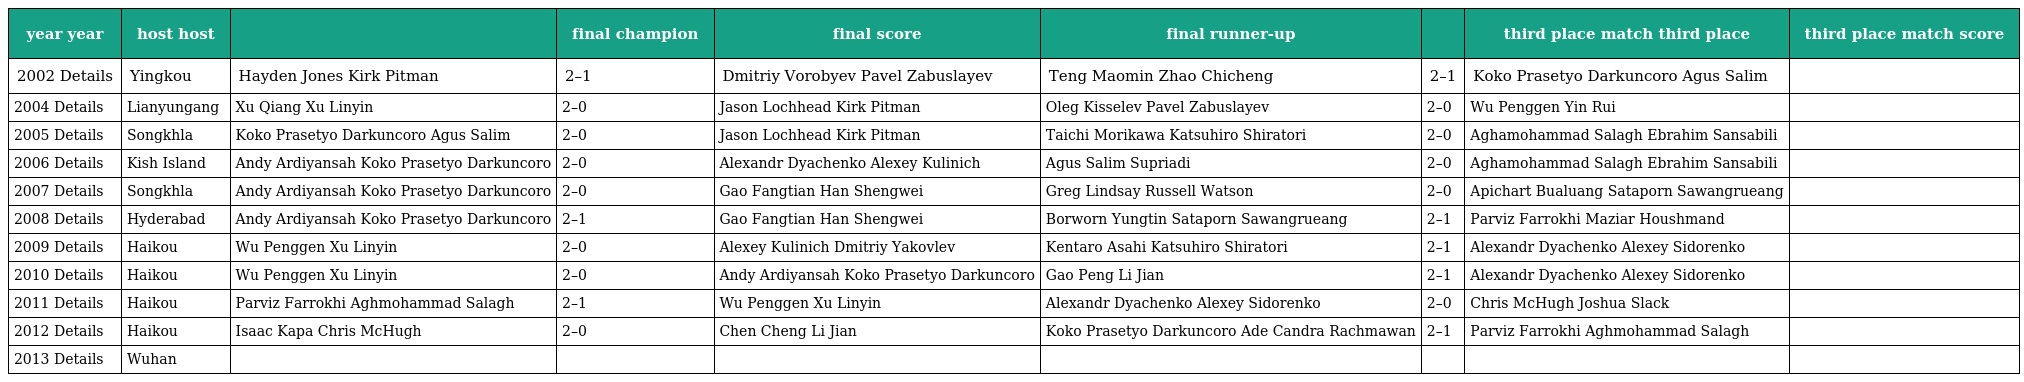
| year year | host host |  | final champion | final score | final runner-up |  | third place match third place | third place match score |
 | --- | --- | --- | --- | --- | --- | --- | --- | --- |
 | 2002 Details | Yingkou | Hayden Jones Kirk Pitman | 2–1 | Dmitriy Vorobyev Pavel Zabuslayev | Teng Maomin Zhao Chicheng | 2–1 | Koko Prasetyo Darkuncoro Agus Salim |  |
 | 2004 Details | Lianyungang | Xu Qiang Xu Linyin | 2–0 | Jason Lochhead Kirk Pitman | Oleg Kisselev Pavel Zabuslayev | 2–0 | Wu Penggen Yin Rui |  |
 | 2005 Details | Songkhla | Koko Prasetyo Darkuncoro Agus Salim | 2–0 | Jason Lochhead Kirk Pitman | Taichi Morikawa Katsuhiro Shiratori | 2–0 | Aghamohammad Salagh Ebrahim Sansabili |  |
 | 2006 Details | Kish Island | Andy Ardiyansah Koko Prasetyo Darkuncoro | 2–0 | Alexandr Dyachenko Alexey Kulinich | Agus Salim Supriadi | 2–0 | Aghamohammad Salagh Ebrahim Sansabili |  |
 | 2007 Details | Songkhla | Andy Ardiyansah Koko Prasetyo Darkuncoro | 2–0 | Gao Fangtian Han Shengwei | Greg Lindsay Russell Watson | 2–0 | Apichart Bualuang Sataporn Sawangrueang |  |
 | 2008 Details | Hyderabad | Andy Ardiyansah Koko Prasetyo Darkuncoro | 2–1 | Gao Fangtian Han Shengwei | Borworn Yungtin Sataporn Sawangrueang | 2–1 | Parviz Farrokhi Maziar Houshmand |  |
 | 2009 Details | Haikou | Wu Penggen Xu Linyin | 2–0 | Alexey Kulinich Dmitriy Yakovlev | Kentaro Asahi Katsuhiro Shiratori | 2–1 | Alexandr Dyachenko Alexey Sidorenko |  |
 | 2010 Details | Haikou | Wu Penggen Xu Linyin | 2–0 | Andy Ardiyansah Koko Prasetyo Darkuncoro | Gao Peng Li Jian | 2–1 | Alexandr Dyachenko Alexey Sidorenko |  |
 | 2011 Details | Haikou | Parviz Farrokhi Aghmohammad Salagh | 2–1 | Wu Penggen Xu Linyin | Alexandr Dyachenko Alexey Sidorenko | 2–0 | Chris McHugh Joshua Slack |  |
 | 2012 Details | Haikou | Isaac Kapa Chris McHugh | 2–0 | Chen Cheng Li Jian | Koko Prasetyo Darkuncoro Ade Candra Rachmawan | 2–1 | Parviz Farrokhi Aghmohammad Salagh |  |
 | 2013 Details | Wuhan |  |  |  |  |  |  |  |